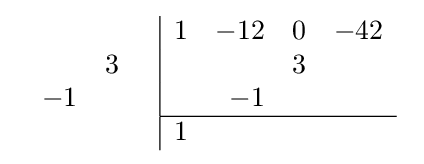
{\begin{array}{cc}{\begin{array}{rr}\\&3\\-1&\\\\\end{array}}&{\begin{array}{|rrrr}1&-12&0&-42\\&&3&\\&-1&&\\\hline 1&&&\\\end{array}}\end{array}}